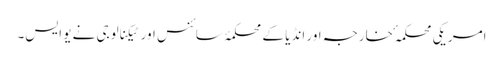
امریکی محکمہ ٔ خارجہ اور انڈیا کے محکمۂ سائنس اور ٹیکنالوجی نے یو ایس۔